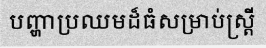
បញ្ហាប្រឈមដ៏ធំសម្រាប់ស្ត្រី